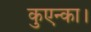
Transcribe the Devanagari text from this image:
कुएन्का।